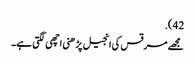
42).
مجھے مرقس کی انجیل پڑھنی اچھی لگتی ہے۔